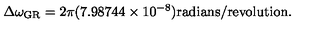
\Delta \omega _ { \mathrm { G R } } = 2 \pi ( 7 . 9 8 7 4 4 \times 1 0 ^ { - 8 } ) \mathrm { r a d i a n s / r e v o l u t i o n } .